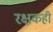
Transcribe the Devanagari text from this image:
रक्षकही